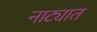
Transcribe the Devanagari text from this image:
नाट्यात